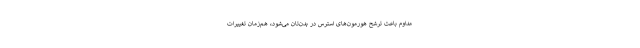
مداوم باعث ترشح هورمون‌های استرس در بدن‌تان می‌شود، هم‌زمان تغییرات